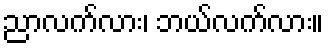
ညာလက်လား၊ ဘယ်လက်လား။